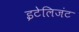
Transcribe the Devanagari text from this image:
इटेलिजंट